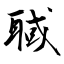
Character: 聝